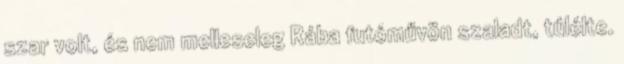
szar volt, és nem melleseleg Rába futóművön szaladt, túlélte.